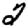
Digit: 2